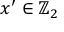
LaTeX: x ^ { \prime } \in \mathbb { Z } _ { 2 }